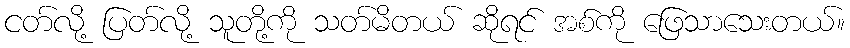
ငတ်လို့ ပြတ်လို့ သူတို့ကို သတ်မိတယ် ဆိုရင် အစ်ကို ဖြေသာသေးတယ်။